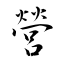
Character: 營